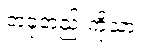
တခုတည်းကိုသာ